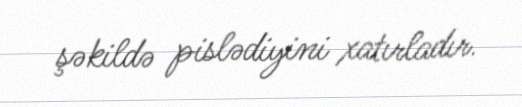
şəkildə pislədiyini xatırladır.